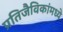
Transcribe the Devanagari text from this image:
प्रतिजैविकांमध्ये